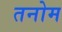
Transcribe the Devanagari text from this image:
तनोम